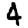
Digit: 4